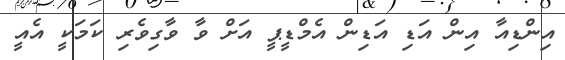
އިންޑިއާ އިން އަޑި އަޑިން އެމްޑީޕީ އަށް ވާ ވާގިވެރި ކަމަކީ އެއީ